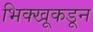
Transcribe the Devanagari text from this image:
भिक्खूकडून